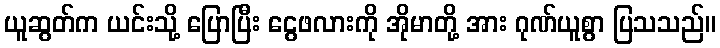
ယူဆွတ်က ယင်းသို့ ပြောပြီး ငွေဖလားကို အိုမာတို့ အား ဂုဏ်ယူစွာ ပြသသည်။